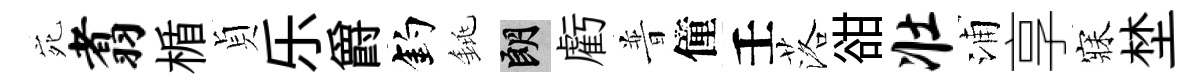
宛翥楯貞乐爵釣銚朗虧普僮壬落𧮳壮浦享寐埜